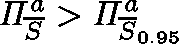
\mathit { \Pi } _ { \overline { { S } } } ^ { a } > \mathit { \Pi } _ { \overline { { S } } _ { 0 . 9 5 } } ^ { a }